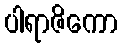
ပါရာဇိကော